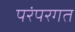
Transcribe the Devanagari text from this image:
परंपरगत